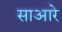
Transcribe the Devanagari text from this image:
साआरे